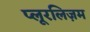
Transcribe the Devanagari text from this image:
प्लूरलिज़म